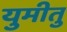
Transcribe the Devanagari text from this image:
युमीतु